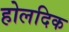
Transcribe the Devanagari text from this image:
होलदिक